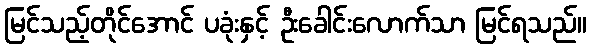
မြင်သည့်တိုင်အောင် ပခုံးနှင့် ဦးခေါင်းလောက်သာ မြင်ရသည်။